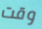
وقت